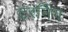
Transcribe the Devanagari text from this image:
टरनिंग